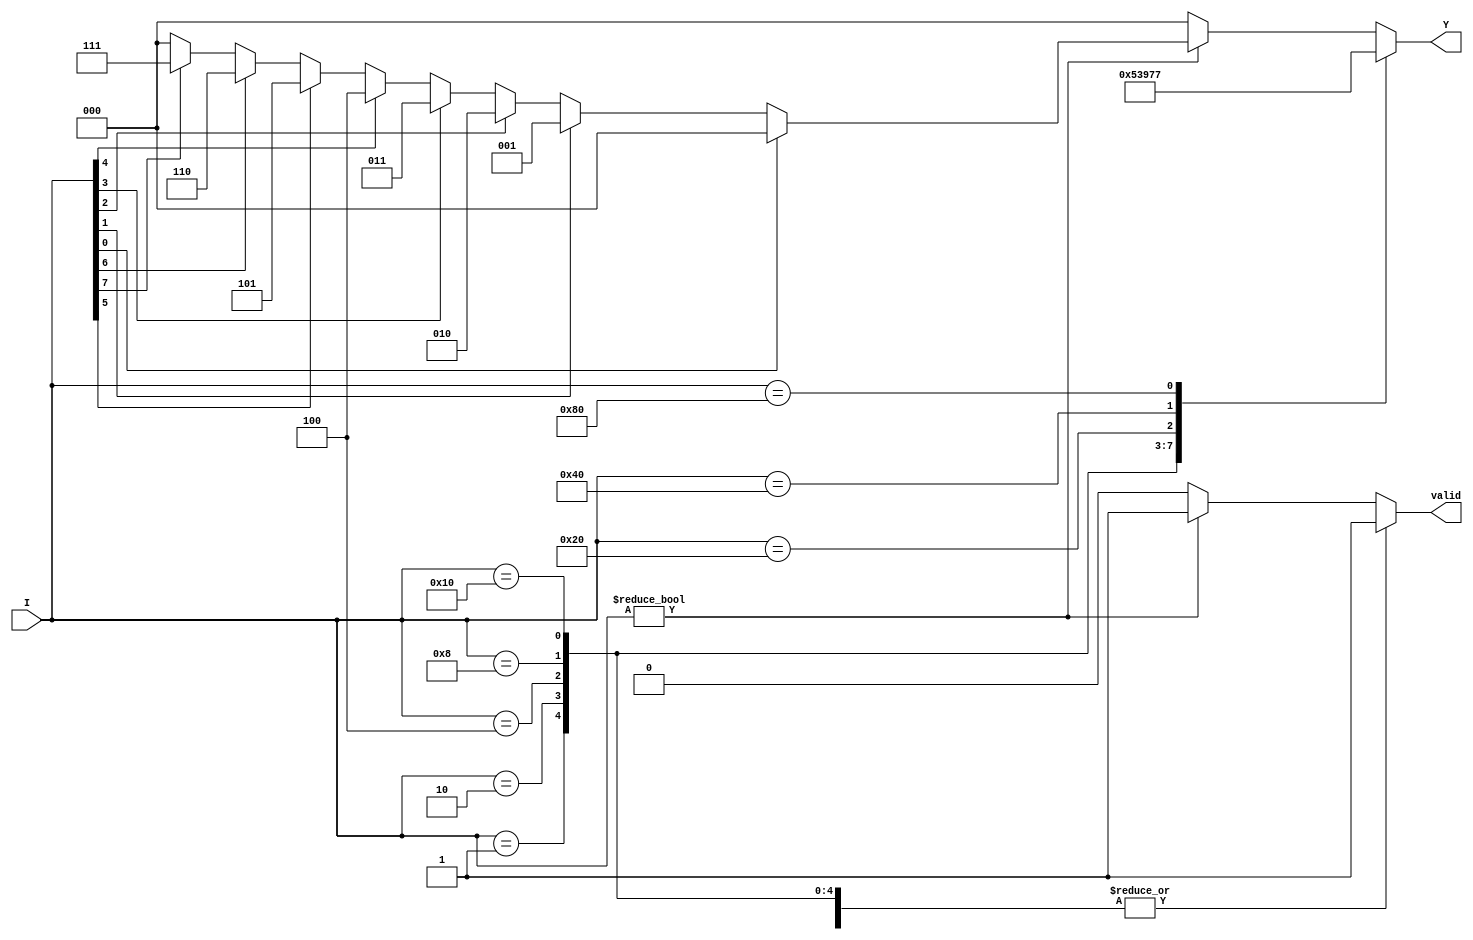
module encoder_8_to_3 (
    input wire [7:0] I,      // 8 input lines
    output reg [2:0] Y,      // 3 output lines
    output reg valid          // Valid signal
);

always @(*) begin
    // Default values
    Y = 3'b000;   // Default output when no input is active
    valid = 1'b0; // Default valid to low

    case (I)
        8'b00000001: begin Y = 3'b000; valid = 1'b1; end // I0
        8'b00000010: begin Y = 3'b001; valid = 1'b1; end // I1
        8'b00000100: begin Y = 3'b010; valid = 1'b1; end // I2
        8'b00001000: begin Y = 3'b011; valid = 1'b1; end // I3
        8'b00010000: begin Y = 3'b100; valid = 1'b1; end // I4
        8'b00100000: begin Y = 3'b101; valid = 1'b1; end // I5
        8'b01000000: begin Y = 3'b110; valid = 1'b1; end // I6
        8'b10000000: begin Y = 3'b111; valid = 1'b1; end // I7
        default: begin
            // If multiple inputs are active, find highest priority input
            if (I != 8'b00000000) begin
                if (I[0]) Y = 3'b000; // I0
                else if (I[1]) Y = 3'b001; // I1
                else if (I[2]) Y = 3'b010; // I2
                else if (I[3]) Y = 3'b011; // I3
                else if (I[4]) Y = 3'b100; // I4
                else if (I[5]) Y = 3'b101; // I5
                else if (I[6]) Y = 3'b110; // I6
                else if (I[7]) Y = 3'b111; // I7
                valid = 1'b1; // At least one input is active
            end
        end
    endcase
end

endmodule